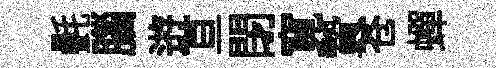
㲲腦逰亘閉寛贄苍蟬